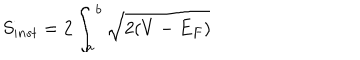
S _ { i n s t } = 2 \int _ { a } ^ { b } \sqrt { 2 ( V - E _ { F } ) }